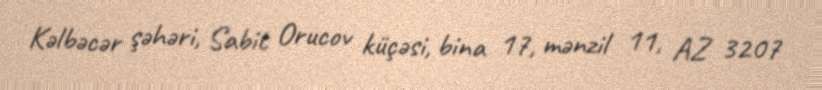
Kəlbəcər şəhəri, Sabit Orucov küçəsi, bina 17, mənzil 11, AZ 3207